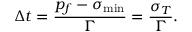
\Delta t = \frac { p _ { f } - \sigma _ { \mathrm { m i n } } } { \Gamma } = \frac { \sigma _ { T } } { \Gamma } .